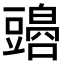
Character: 𧰏